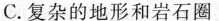
C.复杂的地形和岩石圈